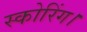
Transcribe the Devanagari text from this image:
स्कोरिंग।